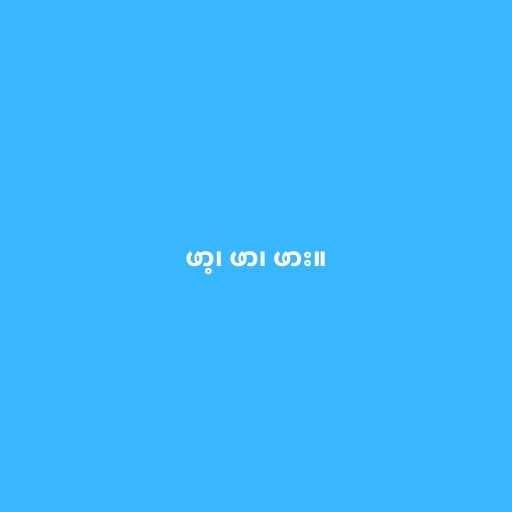
ဖာ့၊ ဖာ၊ ဖား။